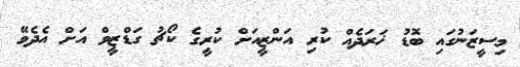
މިސީޒަނުގައި ބޮޑު ޚަރަދެއް ކުރި އަންޒީއަށް ކުރީގެ ކޯޗު ގަޑްޒީވް އަށް އެދެވޭ